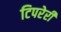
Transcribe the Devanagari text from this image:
टिपरेरी